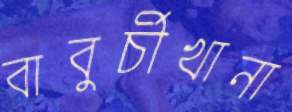
বাবুর্চীখানা